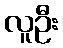
လူဦး